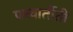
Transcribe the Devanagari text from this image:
परवार्तीती